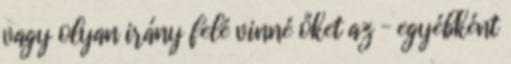
vagy olyan irány felé vinné őket az – egyébként